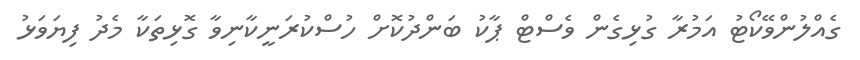
ގެއްލުންވޭކޯޓު އަމުރާ ގުޅިގެން ވެސްޓް ޕާކު ބަންދުކޮށް ހުސްކުރަނީކާނިވާ ގޮޅިތަކާ މެދު ފިޔަވަޅު